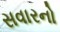
સવારનો